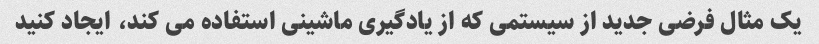
یک مثال فرضی جدید از سیستمی که از یادگیری ماشینی استفاده می کند، ایجاد کنید